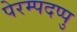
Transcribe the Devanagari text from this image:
पेरम्पदप्पु